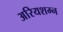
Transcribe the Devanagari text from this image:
अरियशम्न